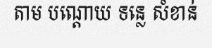
តាម បណ្តោយ ទន្លេ សំខាន់